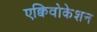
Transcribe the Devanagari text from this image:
एक्विवोकेशन